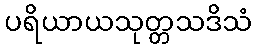
ပရိယာယသုတ္တသဒိသံ